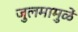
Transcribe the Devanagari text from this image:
जुलमामुळें